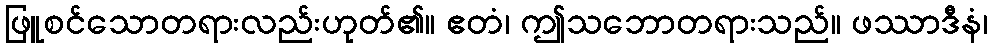
ဖြူစင်သောတရားလည်းဟုတ်၏။ ဧတံ၊ ဤသဘောတရားသည်။ ဖဿာဒီနံ၊